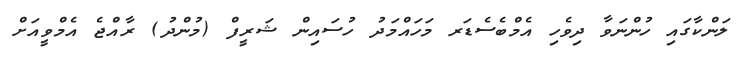
ލަންކާގައި ހުންނަވާ ދިވެހި އެމްބެސެޑަރ މަހައްމަދު ހުސައިން ޝަރީފް (މުންދު) ރާއްޖެ އެމްވީއަށް